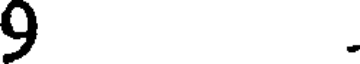
9 .